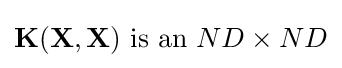
\mathbf {K} (\mathbf {X} ,\mathbf {X} ){\text{ is an }}ND\times ND